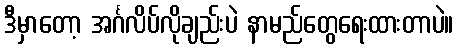
ဒီမှာတော့ အင်္ဂလိပ်လိုချည်းပဲ နာမည်တွေရေးထားတာပဲ။